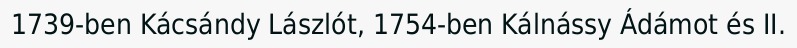
1739-ben Kácsándy Lászlót, 1754-ben Kálnássy Ádámot és II.